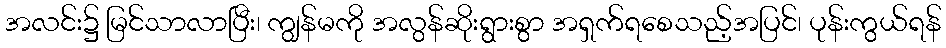
အလင်း၌ မြင်သာလာပြီး၊ ကျွန်မကို အလွန်ဆိုးရွားစွာ အရှက်ရစေသည့်အပြင်၊ ပုန်းကွယ်ရန်